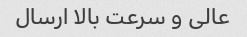
عالی و سرعت بالا ارسال